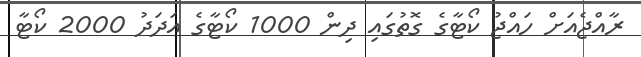
ރާއްޖެއަށް ހައްޖު ކޯޓާގެ ގޮތުގައި ދިން 1000 ކޯޓާގެ އަދަދު 2000 ކޯޓާ